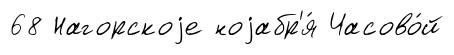
68 Нагорскоjе ноjабр'я́ Часово́й